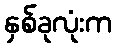
နှစ်ခုလုံးက